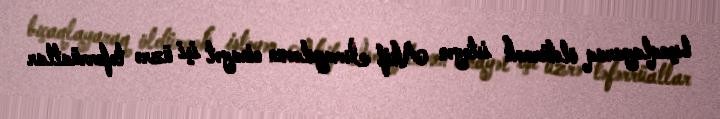
bıçaqlayaraq öldürmək istəyən Akif İsmayılovun cinayət işi üzrə təfərrüatlar